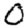
Digit: 0